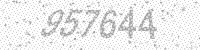
Solution: 957644